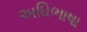
અધિભાષા